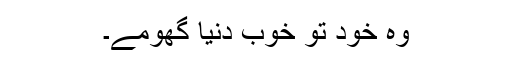
وہ خود تو خوب دنیا گھومے۔